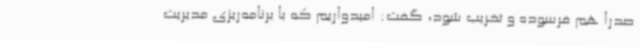
صدرا هم فرسوده و تخریب شود، گفت: امیدواریم که با برنامه‌ریزی مدیریت